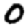
Digit: 0